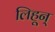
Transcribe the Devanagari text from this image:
लिहून्